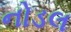
નોડલ